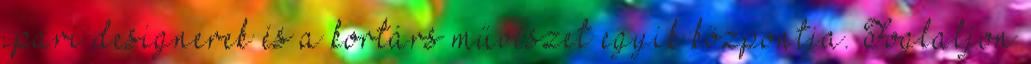
ipari designerek és a kortárs művészet egyik központja. Foglaljon